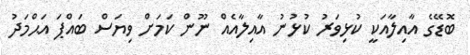
ބޮޑޭގެ އާއިލާއަކީ ކުޅިވަރު ކުޅުނު އާއިލާއެއް ނޫން ކަމަށް ވިޔަސް ބައްޕަ އަޙްމަދު